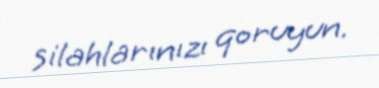
silahlarınızı qoruyun.